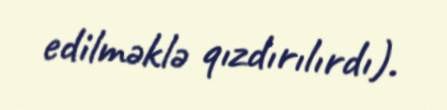
edilməklə qızdırılırdı).